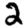
Digit: 2